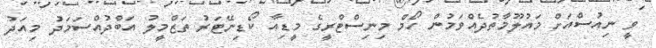
ވީ ނިއުސްއަށް މައުލޫމާތުދެއްވަމުން ހޯމް މިނިސްޓްރީގެ މީޑިއާ ކޯޑިނޭޓަރު ތަޒްމީލު އަބްދުއްސަމަދު މިއަދު